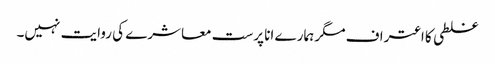
غلطی کا اعتراف مگر ہمارے انا پرست معاشرے کی روایت نہیں۔